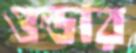
ওল্ডার